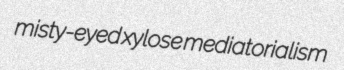
misty-eyed xylose mediatorialism